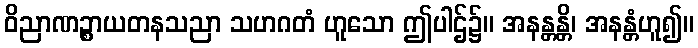
ဝိညာဏဉ္စာယတနသညာ သဟဂတံ ဟူသော ဤပါဌ်၌။ အနန္တန္တိ၊ အနန္တံဟူ၍။